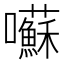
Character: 囌